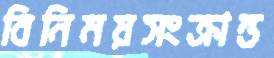
বিনিময়সংক্রান্ত